Document type: Oath
Year: 1447
Scribe: Pere Figuerola
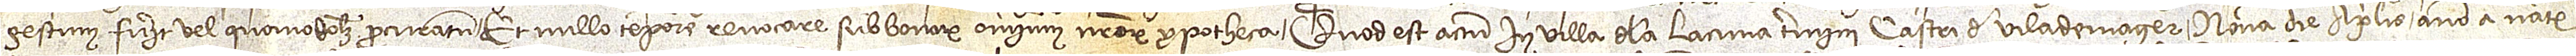
gestum fuerit vel quomodolibet procuratum, et nullo tempore revocare, sub bonorum omnium nostrorum ypotheca.  Quod est actum in villa de la Lacuna termini castri de Vilademager nona die aprilis, anno a Nativitate